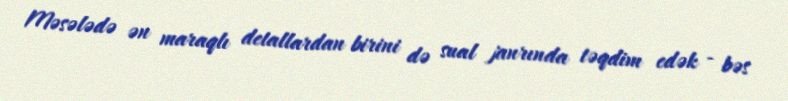
Məsələdə ən maraqlı detallardan birini də sual janrında təqdim edək - bəs